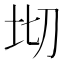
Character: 𭎄